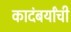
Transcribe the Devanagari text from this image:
कादंबर्यांची